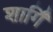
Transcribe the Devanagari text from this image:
शार्गिं